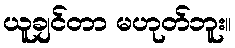
ယူချင်တာ မဟုတ်ဘူး။